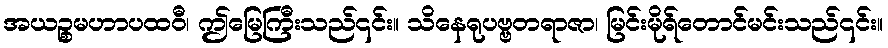
အယဉ္စမဟာပထဝီ၊ ဤမြေကြီးသည်၎င်း။ သိနေရုပဗ္ဗတရာဇာ၊ မြင်းမိုရ်တောင်မင်းသည်၎င်း။